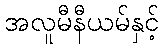
အလူမီနီယမ်နှင့်